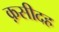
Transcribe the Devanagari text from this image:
क़सीदह